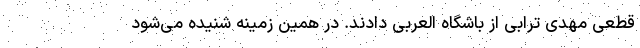
قطعی مهدی ترابی از باشگاه العربی دادند. در همین زمینه شنیده می‌شود